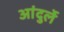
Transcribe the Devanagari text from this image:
आंदुर्ले